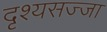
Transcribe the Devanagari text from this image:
दृश्यसज्जा